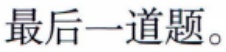
最后一道题。